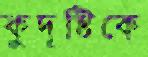
কুদৃষ্টিকে